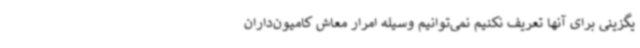
یگزینی برای آنها تعریف نکنیم نمی‌توانیم وسیله امرار معاش کامیون‌داران